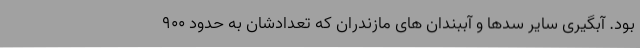
بود. آبگیری سایر سدها و آببندان های مازندران که تعدادشان به حدود ۹۰۰